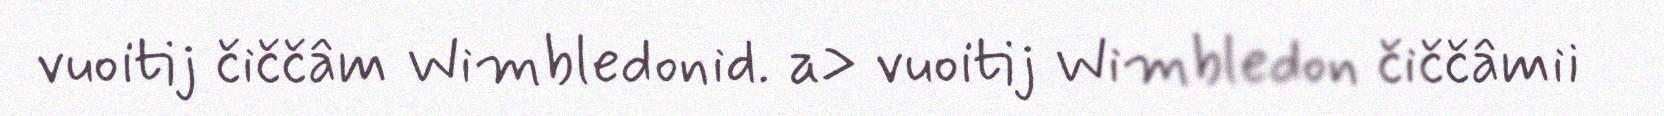
vuoitij čiččâm Wimbledonid. a> vuoitij Wimbledon čiččâmii